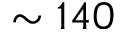
\sim 1 4 0